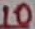
Text: 10